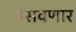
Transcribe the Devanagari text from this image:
बसवणार